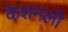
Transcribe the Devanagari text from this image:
केशनली